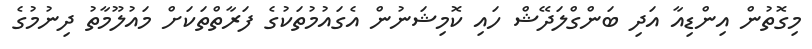
މިގޮތުން އިންޑިއާ އަދި ބަންގްލަދޭޝް ހައި ކޮމިޝަނުން އެގައުމުތަކުގެ ފަރާތްތަކަށް މައުލޫމާތު ދިނުމުގެ